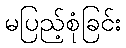
မပြည့်စုံခြင်း